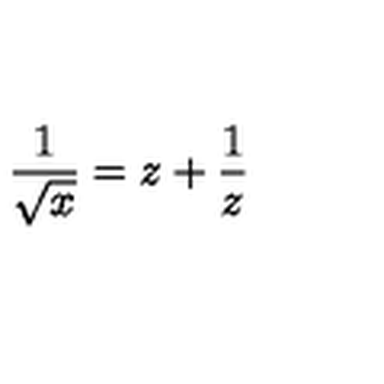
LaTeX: \frac { 1 } { \sqrt x } = z + \frac { 1 } { z }